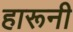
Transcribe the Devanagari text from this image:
हारूनी